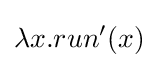
\lambda x.run'(x)